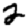
Digit: 2